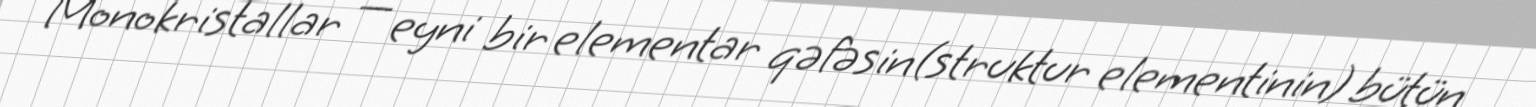
Monokristallar — eyni bir elementar qəfəsin(struktur elementinin) bütün